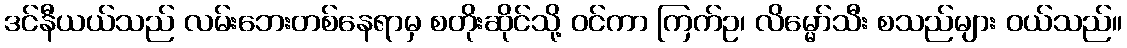
ဒင်နီယယ်သည် လမ်းဘေးတစ်နေရာမှ စတိုးဆိုင်သို့ ဝင်ကာ ကြက်ဥ၊ လိမ္မော်သီး စသည်များ ဝယ်သည်။